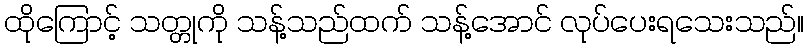
ထိုကြောင့် သတ္တုကို သန့်သည်ထက် သန့်အောင် လုပ်ပေးရသေးသည်။